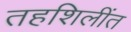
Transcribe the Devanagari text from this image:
तहशिलींत